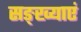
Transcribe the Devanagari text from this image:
सङ्ख्याएं